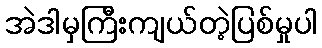
အဲဒါမှကြီးကျယ်တဲ့ပြစ်မှုပါ